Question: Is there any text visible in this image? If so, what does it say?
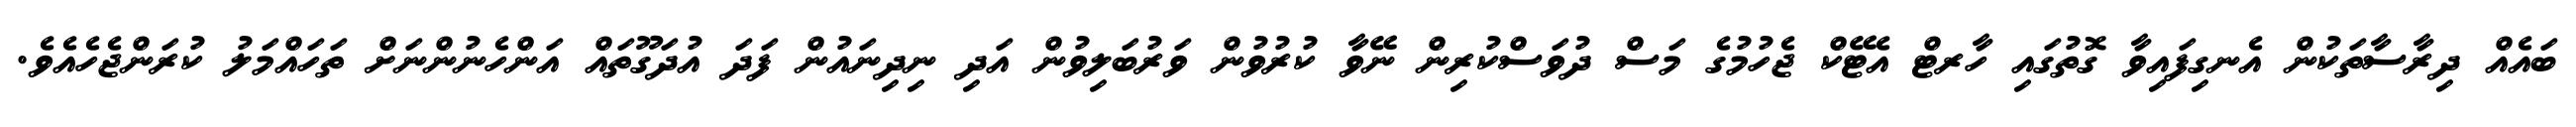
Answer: ބައެއް ދިރާސާތަކުން އެނގިފައިވާ ގޮތުގައި ހާރޓް އެޓޭކް ޖެހުމުގެ މަސް ދުވަސްކުރިން ނޭވާ ކުރުވުން ވަރުބަލިވުން އަދި ނިދިނައުން ފަދަ އުދަގޫތައް އަންހެނުންނަށް ތަހައްމަލު ކުރަންޖެހެއެވެ.